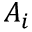
A _ { i }